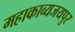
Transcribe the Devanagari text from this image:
महाकाव्यजयपुर